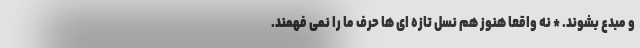
و مبدع بشوند. * نه واقعاً هنوز هم نسل تازه ای ها حرف ما را نمی فهمند.